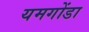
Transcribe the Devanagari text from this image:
यमगोंडा